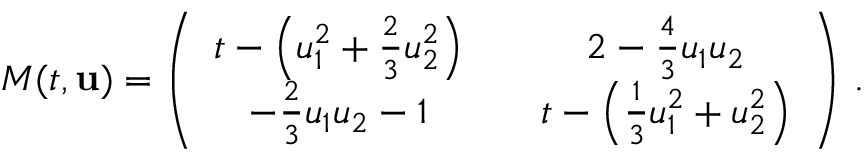
M ( t , { \mathbf { u } } ) = \left( \begin{array} { c c c } { t - \left( u _ { 1 } ^ { 2 } + \frac { 2 } { 3 } u _ { 2 } ^ { 2 } \right) } & { } & { 2 - \frac { 4 } { 3 } u _ { 1 } u _ { 2 } } \\ { - \frac { 2 } { 3 } u _ { 1 } u _ { 2 } - 1 } & { } & { t - \left( \frac { 1 } { 3 } u _ { 1 } ^ { 2 } + u _ { 2 } ^ { 2 } \right) } \end{array} \right) \, .